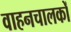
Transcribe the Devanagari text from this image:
वाहनचालकों